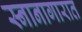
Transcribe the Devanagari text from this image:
स्नानागारात